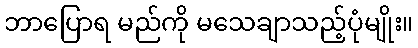
ဘာပြောရ မည်ကို မသေချာသည့်ပုံမျိုး။